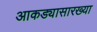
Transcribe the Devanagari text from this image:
आकड्यासारख्या